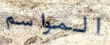
المواسم